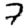
Digit: 7